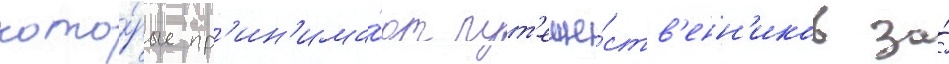
кото́рые пр'ин'има́ют пут'еше́ств'енн'иков за́